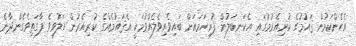
އެހެންކަމުން ޤައުމުގެ ކުރިއެރުމުގައި އެކަނބަލުން ފުރިހަމައަށް ބައިވެރިވެލެއްވުމަކީ އެޤައުމެއްގެ ކުރިއެރުން ހަލުވިވެ ފާގަތިވެގެންދާނެ